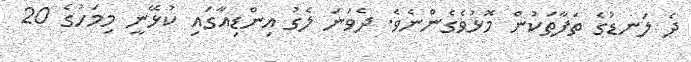
ދެ ލަނޑުގެ ތަފާތަކުން މޮޅުވެގެންނެވެ. ދެވަނަ ލެގު އިންޑިއާގައި ކުޅޭނީ މިމަހުގެ 20